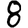
Digit: 8